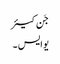
جَن کیئر
یو ایس ۔